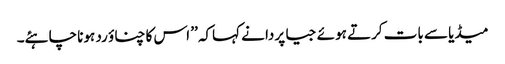
میڈیا سے بات کرتے ہوئے جیا پردا نے کہاکہ ’’ اس کا چناؤ رد ہونا چاہئے۔